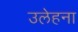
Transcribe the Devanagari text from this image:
उलेहना